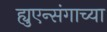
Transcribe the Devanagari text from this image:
ह्युएन्संगाच्या